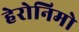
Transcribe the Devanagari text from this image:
हेरोनिमो